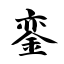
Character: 銮